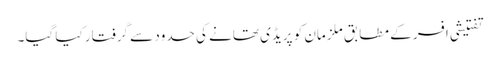
تفتیشی افسر کے مطابق ملزمان کو پریڈی تھانے کی حدود سے گرفتار کیا گیا۔